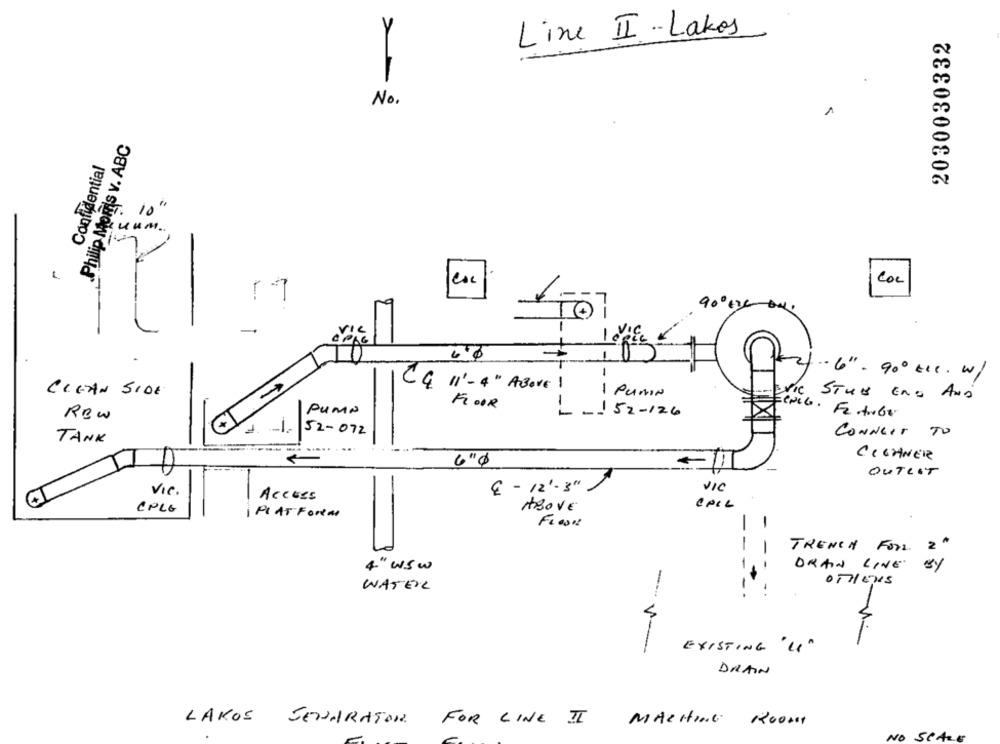
Line II- Lakos
2030030332
No.
Philip Morris v. ABC
Confidential
ET.
10
1.27
L
Coc
Tol
90º ti Bu.
1 VIC
-
.. 6'' . 900 tlc . w/
CE 11'- 4" Above 1
CLEAN 5100
1 PUAN
-
STUS ENO AND
FLOOR
RBw
PUMP
-152-126
52-072
CONNECT TO
TANK
6"0
CLEANER
OUTLET
Vic.
€ - 12'-3''
VIC
Access
ABOVE
CALL
EPLE
PLAT FORM
FLOOR
-
1
-
TRENCH ForL
2
-
ORAIN LINE
4" wsw
WATER
V-
EXISTING """"
DRAIN
LAKOS
SENARATOR FOR LINE II
MACHING 10001
NO SCALE